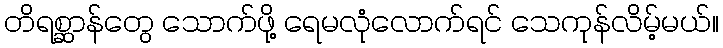
တိရစ္ဆာန်တွေ သောက်ဖို့ ရေမလုံလောက်ရင် သေကုန်လိမ့်မယ်။